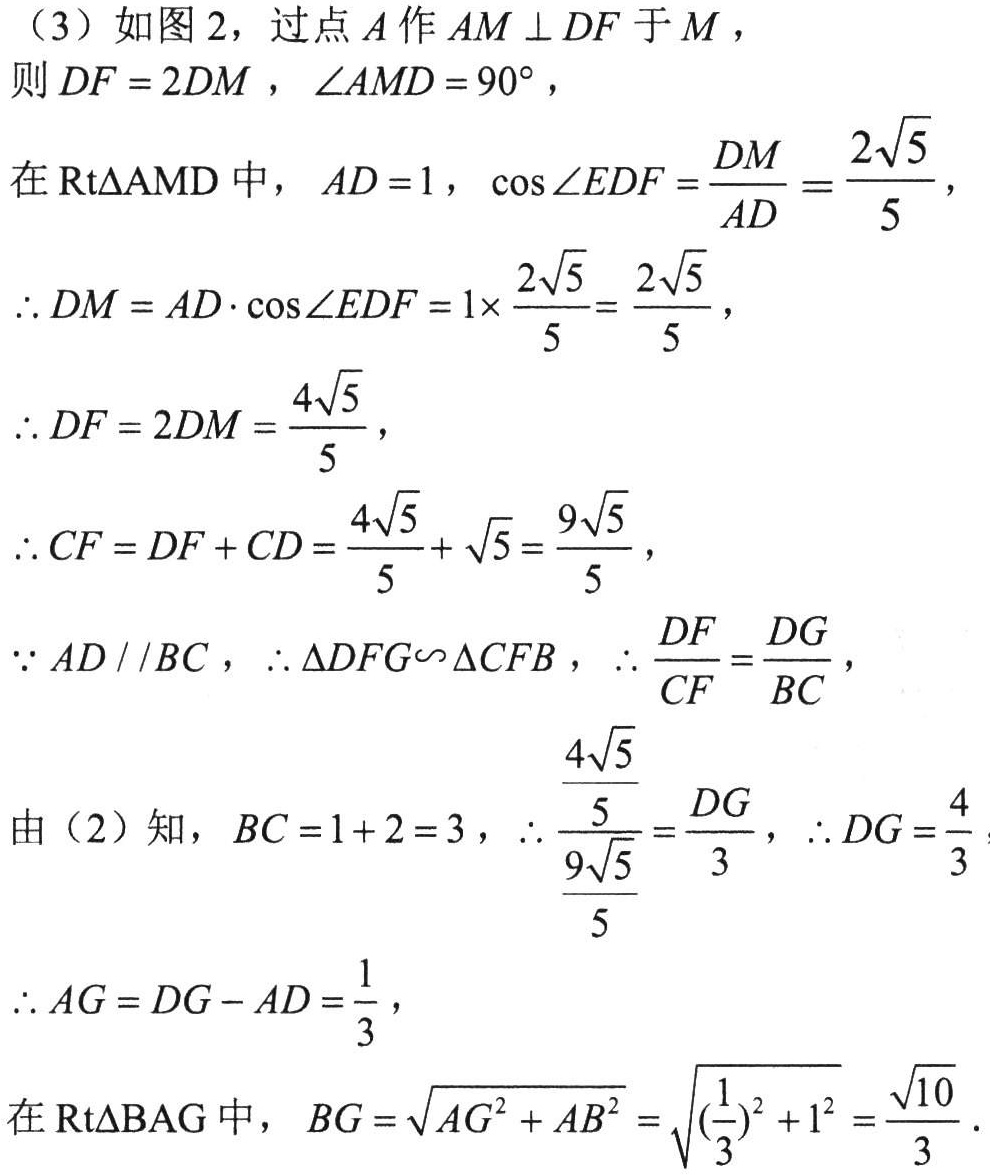
（3）如图2，过点\(A\)作\(AM\perp DF\)于\(M\)，
则\(DF = 2DM\)，\(\angle AMD = 90^{\circ}\)，
在\(\text{Rt}\triangle AMD\)中，\(AD = 1\)，\(\cos\angle EDF=\frac{DM}{AD}=\frac{2\sqrt{5}}{5}\)，
\(\therefore DM = AD\cdot\cos\angle EDF=1\times\frac{2\sqrt{5}}{5}=\frac{2\sqrt{5}}{5}\)，
\(\therefore DF = 2DM=\frac{4\sqrt{5}}{5}\)，
\(\therefore CF = DF + CD=\frac{4\sqrt{5}}{5}+\sqrt{5}=\frac{9\sqrt{5}}{5}\)，
\(\because AD\parallel BC\)，\(\therefore \triangle DFG\backsim\triangle CFB\)，\(\therefore \frac{DF}{CF}=\frac{DG}{BC}\)，
由（2）知，\(BC = 1 + 2 = 3\)，\(\therefore \frac{\frac{4\sqrt{5}}{5}}{\frac{9\sqrt{5}}{5}}=\frac{DG}{3}\)，\(\therefore DG=\frac{4}{3}\)，
\(\therefore AG = DG - AD=\frac{1}{3}\)，
在\(\text{Rt}\triangle BAG\)中，\(BG=\sqrt{AG^{2}+AB^{2}}=\sqrt{(\frac{1}{3})^{2}+1^{2}}=\frac{\sqrt{10}}{3}\).